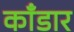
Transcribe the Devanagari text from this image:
काँडार